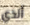
ألذي